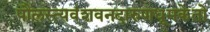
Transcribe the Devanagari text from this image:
पौलस्त्यवंशवनदारुणधूमकेतो